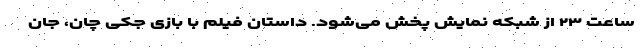
ساعت ۲۳ از شبکه نمایش پخش می‌شود. داستان فیلم با بازی جکی چان، جان